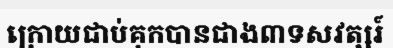
ក្រោយជាប់គុកបានជាង៣ទសវត្សរ៍